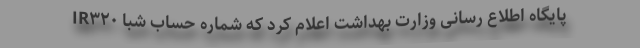
پایگاه اطلاع رسانی وزارت بهداشت اعلام کرد که شماره حساب شبا IR۳۲۰